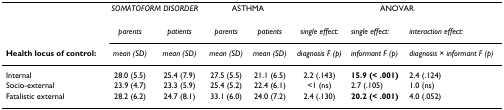
<table><thead><tr><td></td><td colspan="2"><b><i>SOMATOFORM DISORDER</i></b></td><td colspan="2"><b>ASTHMA</b></td><td colspan="3"><b>ANOVAR</b></td></tr><tr><td></td><td><b><i>parents</i></b></td><td><b><i>patients</i></b></td><td><b><i>parents</i></b></td><td><b><i>patients</i></b></td><td><b><i>single effect: </i></b></td><td><b><i>single effect: </i></b></td><td><b><i>interaction effect: </i></b></td></tr><tr><td><b>Health locus of control:</b></td><td><b><i>mean (SD)</i></b></td><td><b><i>mean (SD)</i></b></td><td><b><i>mean (SD)</i></b></td><td><b><i>mean (SD)</i></b></td><td><b><i>diagnosis F (p)</i></b></td><td><b><i>informant F (p)</i></b></td><td><b><i>diagnosis × informant F (p)</i></b></td></tr></thead><tbody><tr><td>Internal</td><td>28.0 (5.5)</td><td>25.4 (7.9)</td><td>27.5 (5.5)</td><td>21.1 (6.5)</td><td>2.2 (.143)</td><td><b>15.9 (&lt; .001)</b></td><td>2.4 (.124)</td></tr><tr><td>Socio-external</td><td>23.9 (4.7)</td><td>23.3 (5.9)</td><td>25.4 (5.2)</td><td>22.4 (6.1)</td><td>&lt;1 (ns)</td><td>2.7 (.105)</td><td>1.0 (ns)</td></tr><tr><td>Fatalistic external</td><td>28.2 (6.2)</td><td>24.7 (8.1)</td><td>33.1 (6.0)</td><td>24.0 (7.2)</td><td>2.4 (.130)</td><td><b>20.2 (&lt; .001)</b></td><td>4.0 (.052)</td></tr></tbody></table>